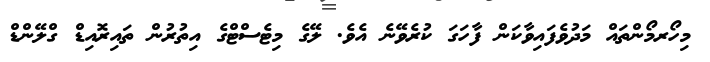
މިހޯރމޯންތައް މަދުވެފައިވާކަން ފާހަގަ ކުރެވޭނެ އެވެ. ލޭގެ މިޓެސްޓްގެ އިތުރުން ތައިރޮއިޑް ގްލޭންޑް